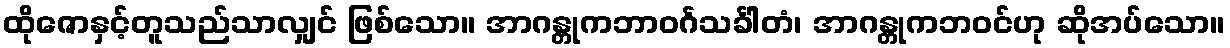
ထိုဇောနှင့်တူသည်သာလျှင် ဖြစ်သော။ အာဂန္တုကဘာဝင်္ဂသင်္ခါတံ၊ အာဂန္တုကဘဝင်ဟု ဆိုအပ်သော။